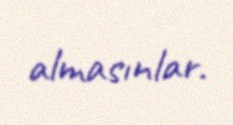
almasınlar.